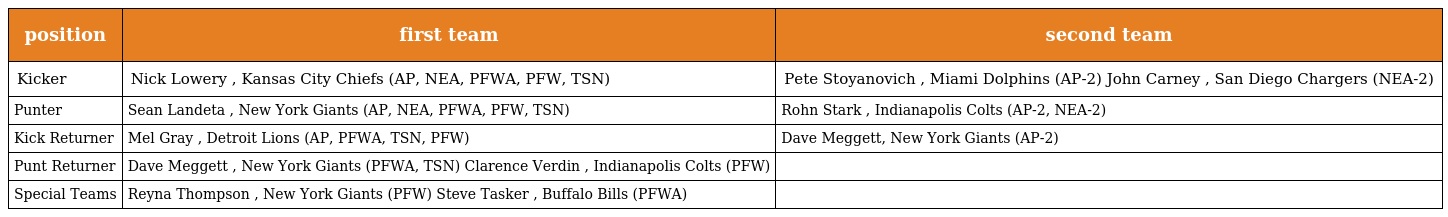
| position | first team | second team |
 | --- | --- | --- |
 | Kicker | Nick Lowery , Kansas City Chiefs (AP, NEA, PFWA, PFW, TSN) | Pete Stoyanovich , Miami Dolphins (AP-2) John Carney , San Diego Chargers (NEA-2) |
 | Punter | Sean Landeta , New York Giants (AP, NEA, PFWA, PFW, TSN) | Rohn Stark , Indianapolis Colts (AP-2, NEA-2) |
 | Kick Returner | Mel Gray , Detroit Lions (AP, PFWA, TSN, PFW) | Dave Meggett, New York Giants (AP-2) |
 | Punt Returner | Dave Meggett , New York Giants (PFWA, TSN) Clarence Verdin , Indianapolis Colts (PFW) |  |
 | Special Teams | Reyna Thompson , New York Giants (PFW) Steve Tasker , Buffalo Bills (PFWA) |  |